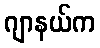
ဂျာနယ်က